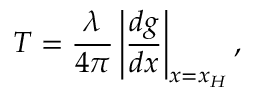
T = \frac { \lambda } { 4 \pi } \left\vert \frac { d g } { d x } \right\vert _ { x = x _ { H } } ,